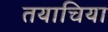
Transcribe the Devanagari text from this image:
तयाचिया